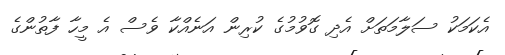
އެކަމަކު ސަލާމަތަށް އެދި ގޮވުމުގެ ކުރިން އަނެއްކާ ވެސް އެ މީހާ ފާތުންގެ